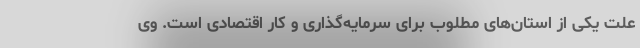
علت یکی از استان‌های مطلوب برای سرمایه‌گذاری و کار اقتصادی است. وی